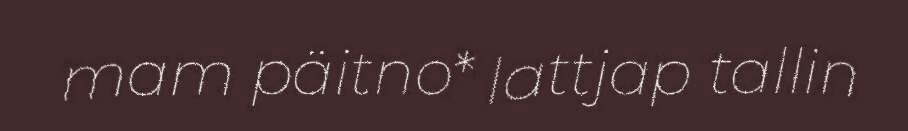
mam päitno* lattjap tallin